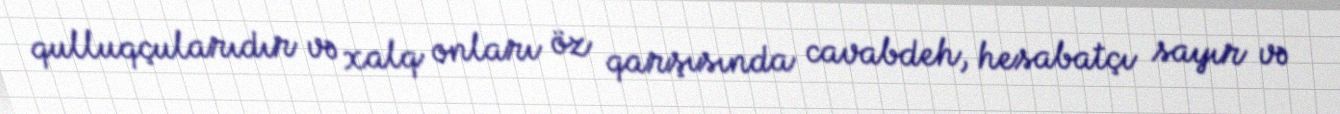
qulluqçularıdır və xalq onları öz qarşısında cavabdeh, hesabatçı sayır və